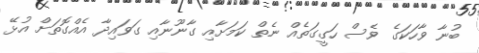
ބުނާ ވާހަކަގެ ވެސް ހަގީގަތެއް ނެތް ކަމަށާއި ގާނޫނާއި ގަވައިދާ އެއްގޮތަށް އުޅޭ